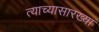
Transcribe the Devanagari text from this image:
त्याच्यासारख्या